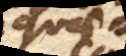
aquae